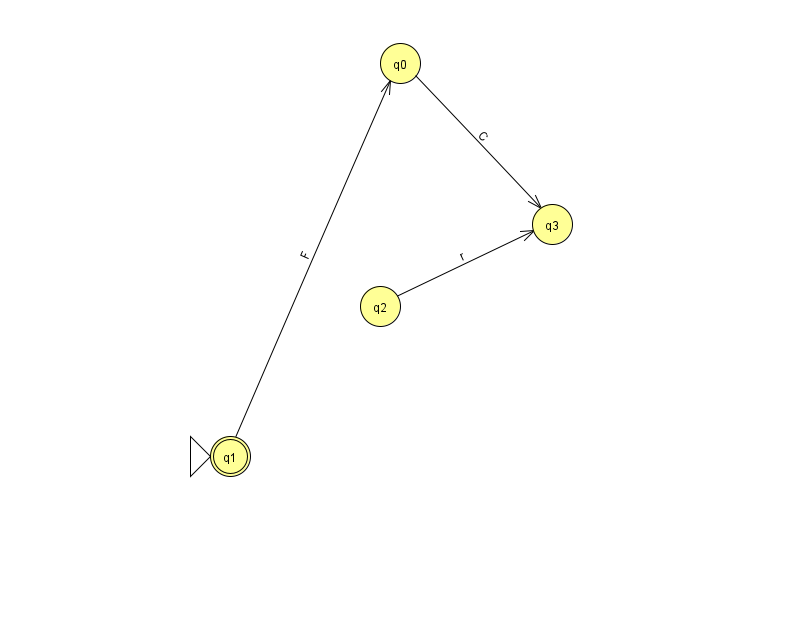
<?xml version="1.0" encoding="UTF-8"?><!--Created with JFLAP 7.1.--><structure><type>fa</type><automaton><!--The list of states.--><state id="0" name="q0"><x>400.0</x><y>50.0</y></state><state id="1" name="q1"><x>230.0</x><y>443.0</y><initial/><final/></state><state id="2" name="q2"><x>380.0</x><y>293.0</y></state><state id="3" name="q3"><x>552.0</x><y>211.0</y></state><!--The list of transitions.--><transition><from>2</from><to>3</to><read>r</read></transition><transition><from>0</from><to>3</to><read>C</read></transition><transition><from>1</from><to>0</to><read>F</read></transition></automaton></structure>